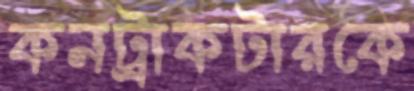
কনট্রাকটারকে